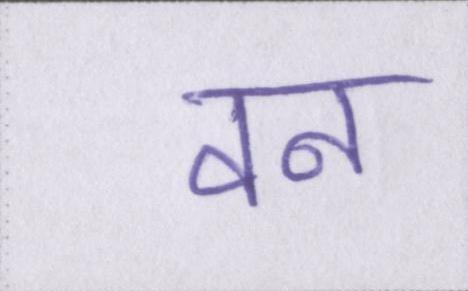
वन